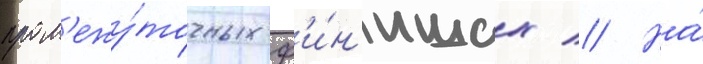
пром'ежу́точных ф'и́н'ишах // На́